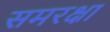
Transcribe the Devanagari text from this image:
समरक्षा